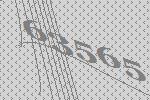
63565